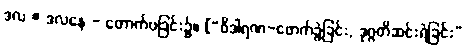
ဒလ = ဒလနေ - တောက်ပခြင်း၌။ [“ဝိဒါရဏ-ဖောက်ခွဲခြင်း, ဒုဂ္ဂတိဆင်းရဲခြင်း”